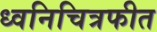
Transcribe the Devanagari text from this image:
ध्वनिचित्रफीत